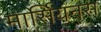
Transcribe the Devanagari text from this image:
मार्सियनस